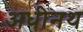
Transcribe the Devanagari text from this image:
अधीनथ